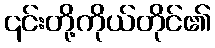
၎င်းတို့ကိုယ်တိုင်၏